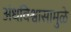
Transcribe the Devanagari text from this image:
अंधविश्वासामुळे